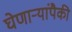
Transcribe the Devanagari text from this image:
घेणाऱ्यांपैकी